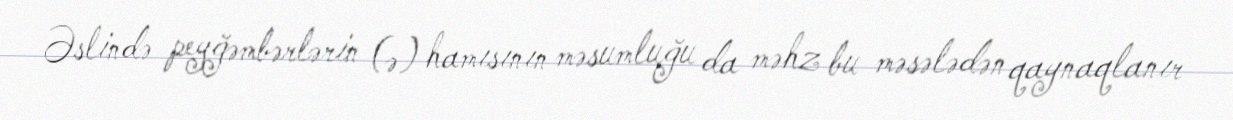
Əslində peyğəmbərlərin (ə) hamısının məsumluğu da məhz bu məsələdən qaynaqlanır